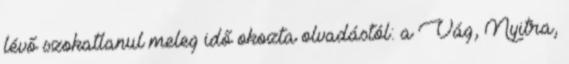
lévő szokatlanul meleg idő okozta olvadástól: a Vág, Nyitra,